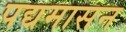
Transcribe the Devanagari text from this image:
पद्यमासन